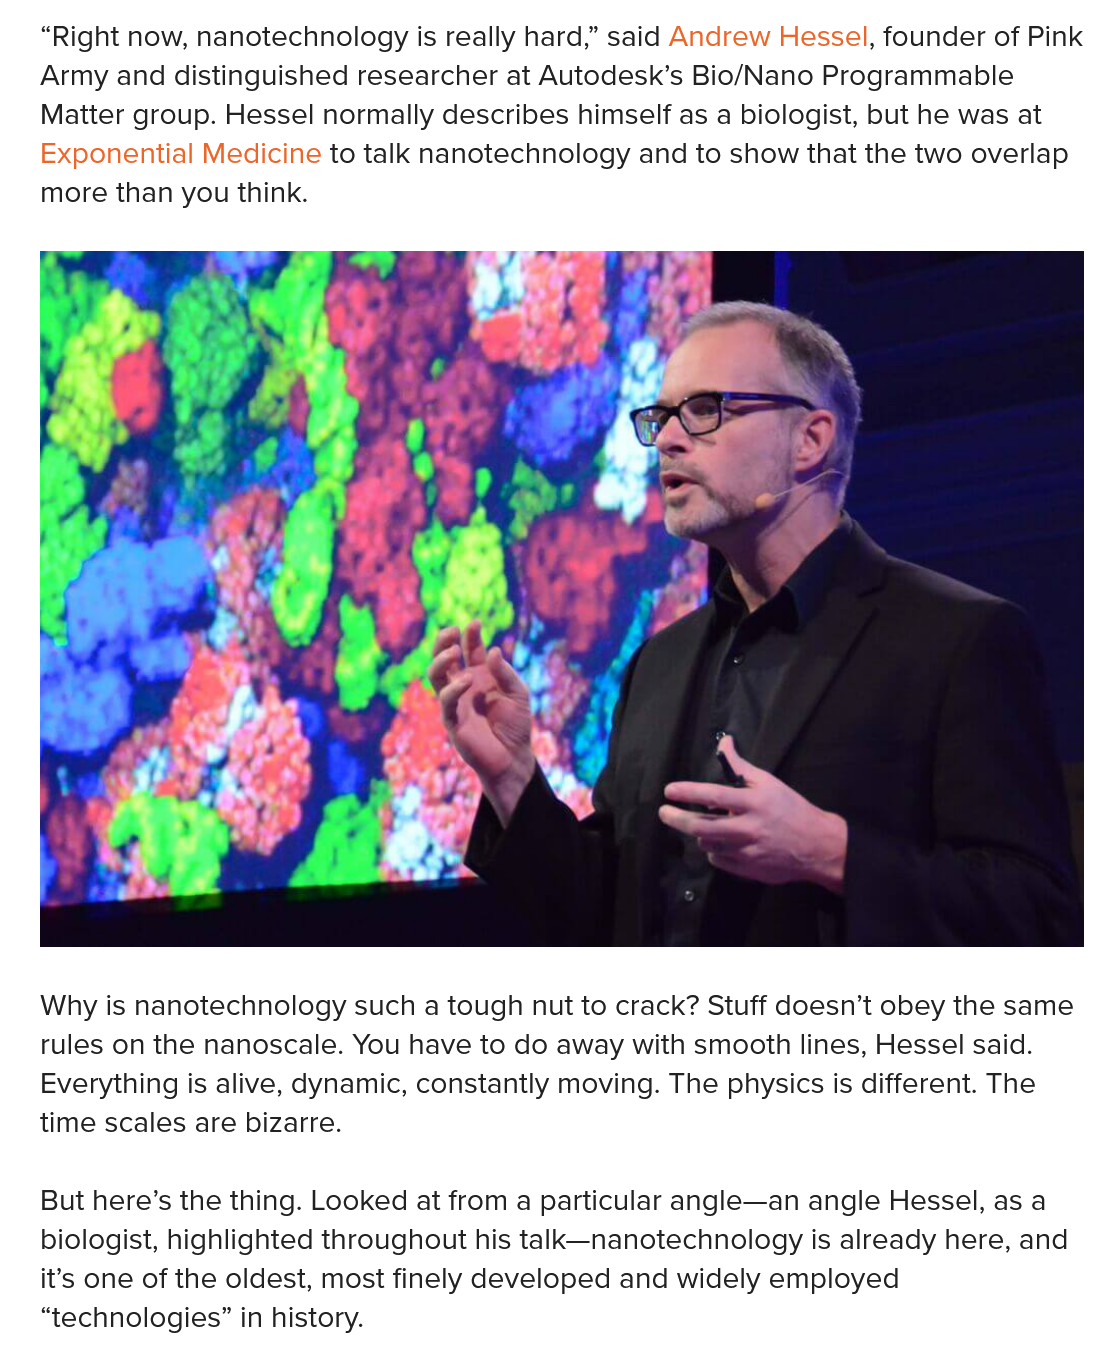
“Right now, nanotechnology is really hard,” said Andrew Hessel, founder of Pink
   Army  and distinguished researcher at Autodesk’s Bio/Nano Programmable
   Matter group. Hessel normally describes himself as a biologist, but he was at
   Exponential Medicine to talk nanotechnology and to show that the two overlap
   more than you think.
   Why is nanotechnology such a tough nut to crack? Stuff doesn’t obey the same
   rules on the nanoscale. You have to do away with smooth lines, Hessel said.
   Everything is alive, dynamic, constantly moving. The physics is different. The
   time scales are bizarre.
   But here’s the thing. Looked at from a particular angle—an angle Hessel, as a
   biologist, highlighted throughout his talk—nanotechnology is already here, and
   it’s one of the oldest, most finely developed and widely employed
   “technologies” in history.